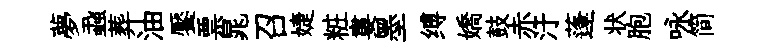
夢蝨葬油饜票晁召婕粧婁墨缚嬌鼓赤汙蓬状胞咏简